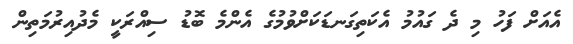
އެއަށް ފަހު މި ދެ ގައުމު އެކަތިގަނޑަކަށްވުމުގެ އެންމެ ބޮޑު ސިއްރަކީ މެދުއިރުމަތިން